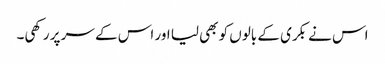
اس نے بکری کے بالوں کو بھی لیا اور اس کے سر پر رکھی۔